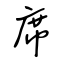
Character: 席